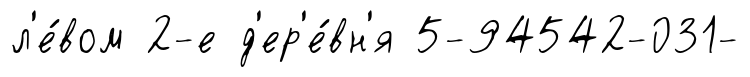
л'е́вом 2-е д'ер'е́вн'я 5-94542-031-